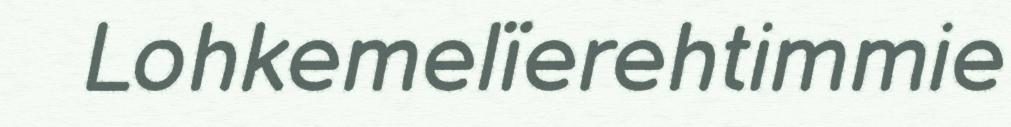
Lohkemelïerehtimmie